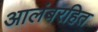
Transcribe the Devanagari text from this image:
आलंबरहित